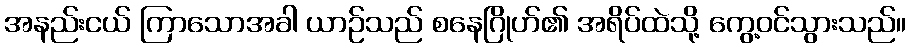
အနည်းငယ် ကြာသောအခါ ယာဉ်သည် စနေဂြိုဟ်၏ အရိပ်ထဲသို့ ကွေ့ဝင်သွားသည်။